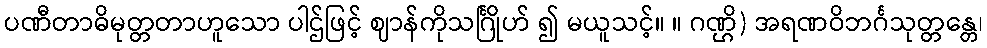
ပဏီတာဓိမုတ္တတာဟူသော ပါဌ်ဖြင့် ဈာန်ကိုသင်္ဂြိုဟ် ၍ မယူသင့်။ ။ ဂဏ္ဌိ) အရဏဝိဘင်္ဂသုတ္တန္တေ၊